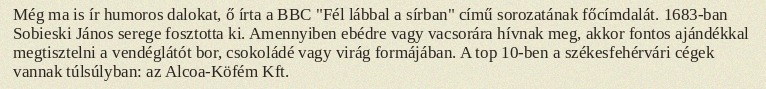
Még ma is ír humoros dalokat, ő írta a BBC "Fél lábbal a sírban" című sorozatának főcímdalát. 1683-ban Sobieski János serege fosztotta ki. Amennyiben ebédre vagy vacsorára hívnak meg, akkor fontos ajándékkal megtisztelni a vendéglátót bor, csokoládé vagy virág formájában. A top 10-ben a székesfehérvári cégek vannak túlsúlyban: az Alcoa-Köfém Kft.